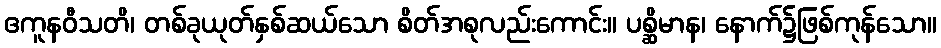
ဧကူနဝီသတိ၊ တစ်ခုယုတ်နှစ်ဆယ်သော စိတ်အစုလည်းကောင်း။ ပစ္ဆိမာန၊ နောက်၌ဖြစ်ကုန်သော။